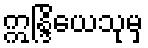
ဣန္ဒြိယေသုမှ